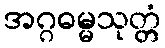
အဂ္ဂဓမ္မသုတ္တံ